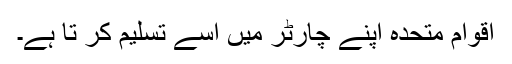
اقوامِ متحدہ اپنے چارٹر میں اسے تسلیم کر تا ہے۔